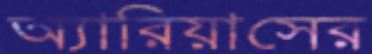
অ্যারিয়াসের